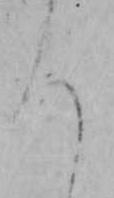
ろ